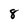
Character: 8